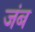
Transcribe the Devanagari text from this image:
जंब